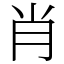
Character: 肖